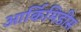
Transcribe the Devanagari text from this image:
आर्किमिडीस